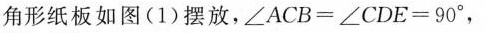
角形纸板如图(1)摆放，$$∠ A C B = ∠ C D E = 9 0 °$$，